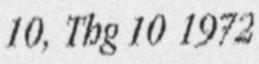
10, Thg 10 1972